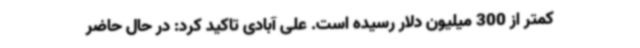
کمتر از 300 میلیون دلار رسیده است. علی آبادی تاکید کرد: در حال حاضر